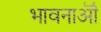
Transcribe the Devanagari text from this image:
भावनाऒं